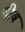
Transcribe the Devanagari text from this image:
षीष